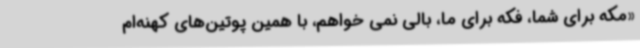
«مکه برای شما، فکه برای ما، بالی نمی خواهم، با همین پوتین‌های کهنه‌ام